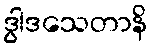
ဒွါဒသေတာနိ